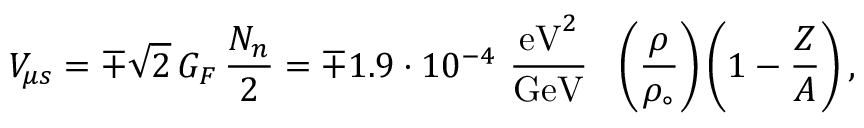
V _ { \mu s } = \mp \sqrt { 2 } \, G _ { F } \, { \frac { N _ { n } } { 2 } } = \mp 1 . 9 \cdot 1 0 ^ { - 4 } ~ { \frac { \mathrm { e V } ^ { 2 } } { \mathrm { G e V } } } ~ ~ \left( { \frac { \rho } { \rho _ { \circ } } } \right) \left( 1 - { \frac { Z } { A } } \right) ,